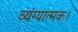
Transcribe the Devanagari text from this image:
व्यंग्यात्मक।